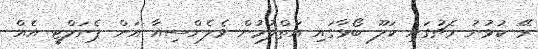
ރޭ ކުޅުނު މެޗުގައި ކަލޫ ބޯޅާގައި އަތްލުމުން ވެލެންސިއާ އަށް ޕެނަލްޓީ އެއް